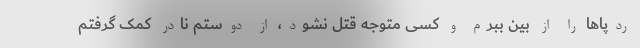
ردپا‌ها را از بین ببرم و کسی متوجه قتل نشود، از دوستم نادر کمک گرفتم